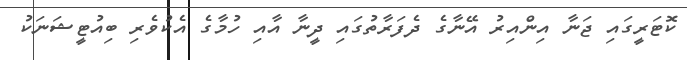
ކޮޓަރީގައި ޖަނާ އިންއިރު އޭނާގެ ދެފަރާތުގައި ދީނާ އާއި ހުމާގެ އެކުވެރި ބިއުޓީޝަނަކު